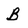
Character: B